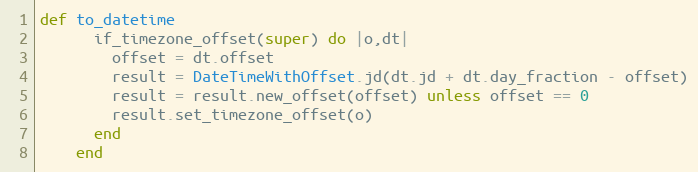
Language: Ruby
def to_datetime
      if_timezone_offset(super) do |o,dt|
        offset = dt.offset
        result = DateTimeWithOffset.jd(dt.jd + dt.day_fraction - offset)
        result = result.new_offset(offset) unless offset == 0
        result.set_timezone_offset(o)
      end
    end